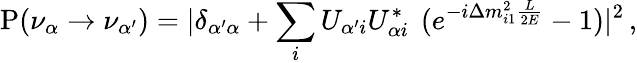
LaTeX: {\mathrm P}(\nu_{\alpha}\to\nu_{\alpha^{\prime}})=|\delta_{{\alpha^{\prime}}\alpha}+\sum_{i}U_{\alpha^{\prime}i}U_{\alpha i}^{*}\, ~(e^{-i\Delta m_{i1}^{2}\frac{L}{2E}}-1)|^{2}\, ,